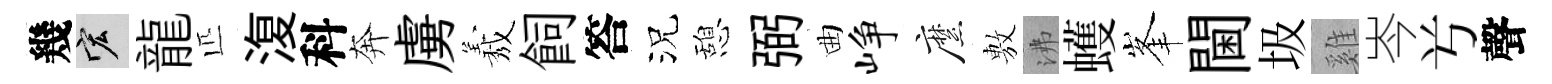
幾宏龍匹𣸪科奔虜𦏁飼答況憩弼曲峥縻𢾾沸蠖峯閫圾雞岑𠔃聲